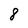
Character: 8